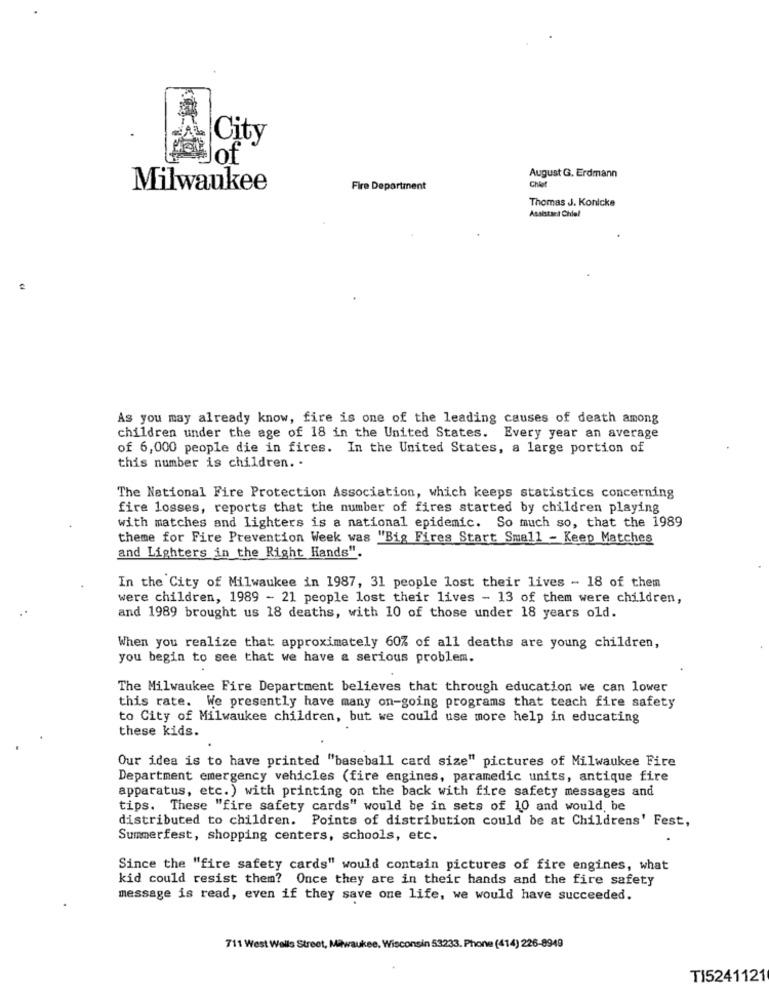
City
of
August G. Erdmann
Milwaukee
Fire Department
Chef
Thomas J. Konicke
Assistant Chlel
As you may already know, fire is one of the leading causes of death among
children under the age of 18 in the United States. Every year an average
of 6,000 people die in fires. In the United States, a large portion of
this number is children. .
The National Fire Protection Association, which keeps statistics concerning
fire losses, reports that the number of fires started by children playing
with matches and lighters is a national epidemic. So much so, that the 1989
theme for Fire Prevention Week was "Big Fires Start Small - Keep Matches
and Lighters in the Right Hands".
In the City of Milwaukee in 1987, 31 people lost their lives - 18 of them
were children, 1989 - 21 people lost their lives - 13 of them were children,
and 1989 brought us 18 deaths, with 10 of those under 18 years old.
When you realize that approximately 60% of all deaths are young children,
you begin to see that we have a serious problem.
The Milwaukee Fire Department believes that through education we can lower
this rate. We presently have many on-going programs that teach fire safety
to City of Milwaukee children, but we could use more help in educating
these kids.
Our idea is to have printed "baseball card size" pictures of Milwaukee Fire
Department emergency vehicles (fire engines, paramedic units, antique fire
apparatus, etc.) with printing on the back with fire safety messages and
tips. These "fire safety cards" would be in sets of 10 and would be
distributed to children. Points of distribution could be at Childrens' Fest,
Summerfest, shopping centers, schools, etc.
Since the "fire safety cards" would contain pictures of fire engines, what
kid could resist them? Once they are in their hands and the fire safety
message is read, even if they save one life, we would have succeeded.
711 West Walls Street, Milwaukee, Wisconsin 53233. Phone (414) 226-8949
TI5241121